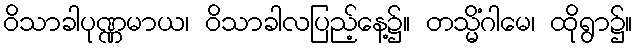
ဝိသာခါပုဏ္ဏမာယ၊ ဝိသာခါလပြည့်နေ့၌။ တသ္မိံဂါမေ၊ ထိုရွာ၌။